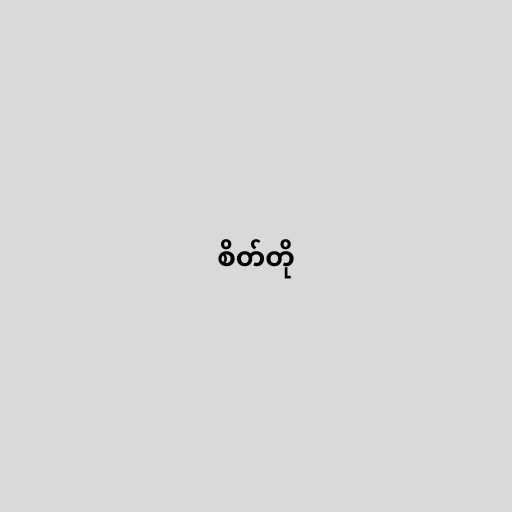
စိတ်တို